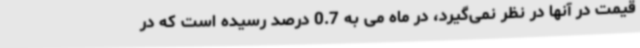
قیمت در آنها در نظر نمی‌گیرد، در ماه می به 0.7 درصد رسیده است که در